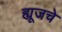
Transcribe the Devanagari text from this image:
ह्यूजचे